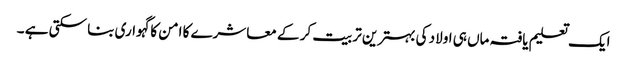
ایک تعلیم یافتہ ماں ہی اولاد کی بہترین تربیت کر کے معاشرے کا امن کا گہواری بنا سکتی ہے ۔